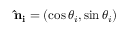
\mathbf { \hat { n } _ { i } } = ( \cos \theta _ { i } , \sin \theta _ { i } )